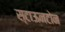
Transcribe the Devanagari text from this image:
स्टाऊनटोन